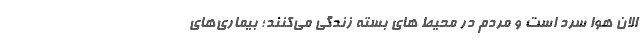
الان هوا سرد است و مردم در محیط های بسته زندگی می‌کنند؛ بیماری‌های